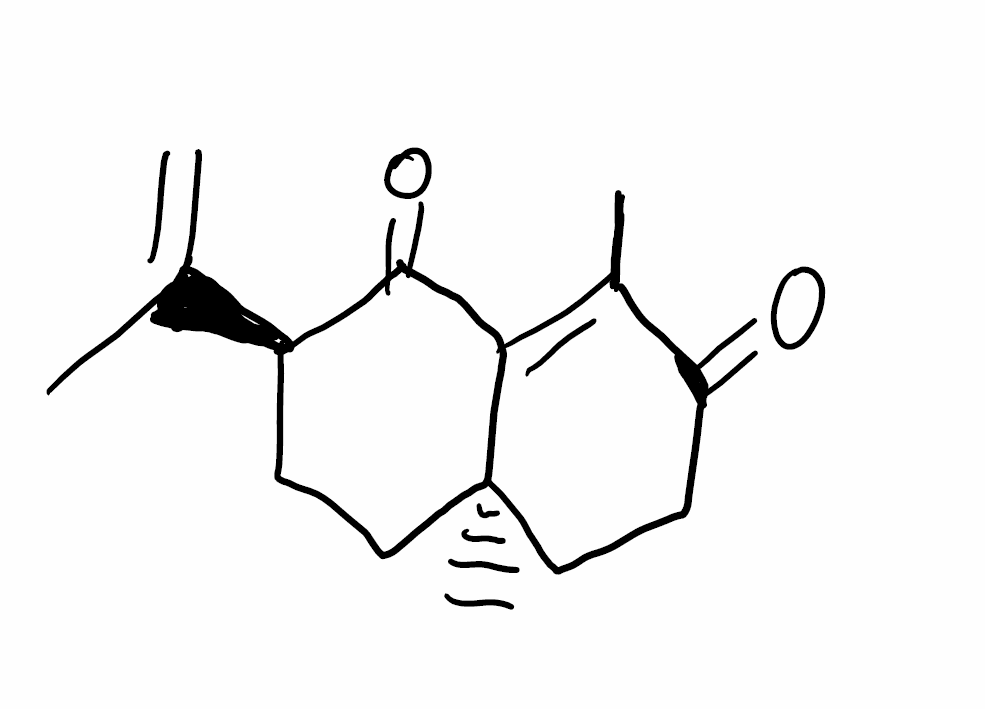
Simplified molecular-input line-entry system (SMILES) notation of the given molecule:
CC1=C2C(=O)[C@@H](CC[C@@]2(CCC1=O)C)C(=C)C